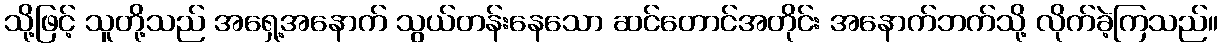
သို့ဖြင့် သူတို့သည် အရှေ့အနောက် သွယ်တန်းနေသော ဆင်တောင်အတိုင်း အနောက်ဘက်သို့ လိုက်ခဲ့ကြသည်။